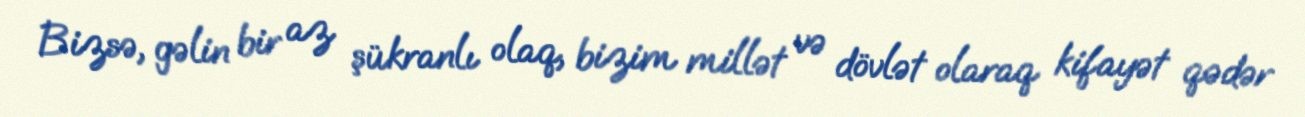
Bizsə, gəlin bir az şükranlı olaq, bizim millət və dövlət olaraq kifayət qədər